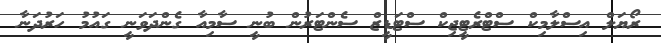
ރޯޔަލް އިސްލާމިކް ސްޓްރެޓީޖިކް ސްޓަޑީޒް ސެންޓަރުން ބުނީ ސާމިއާ ގެންދަވަނީ ގައުމު ހަރުދަނާ